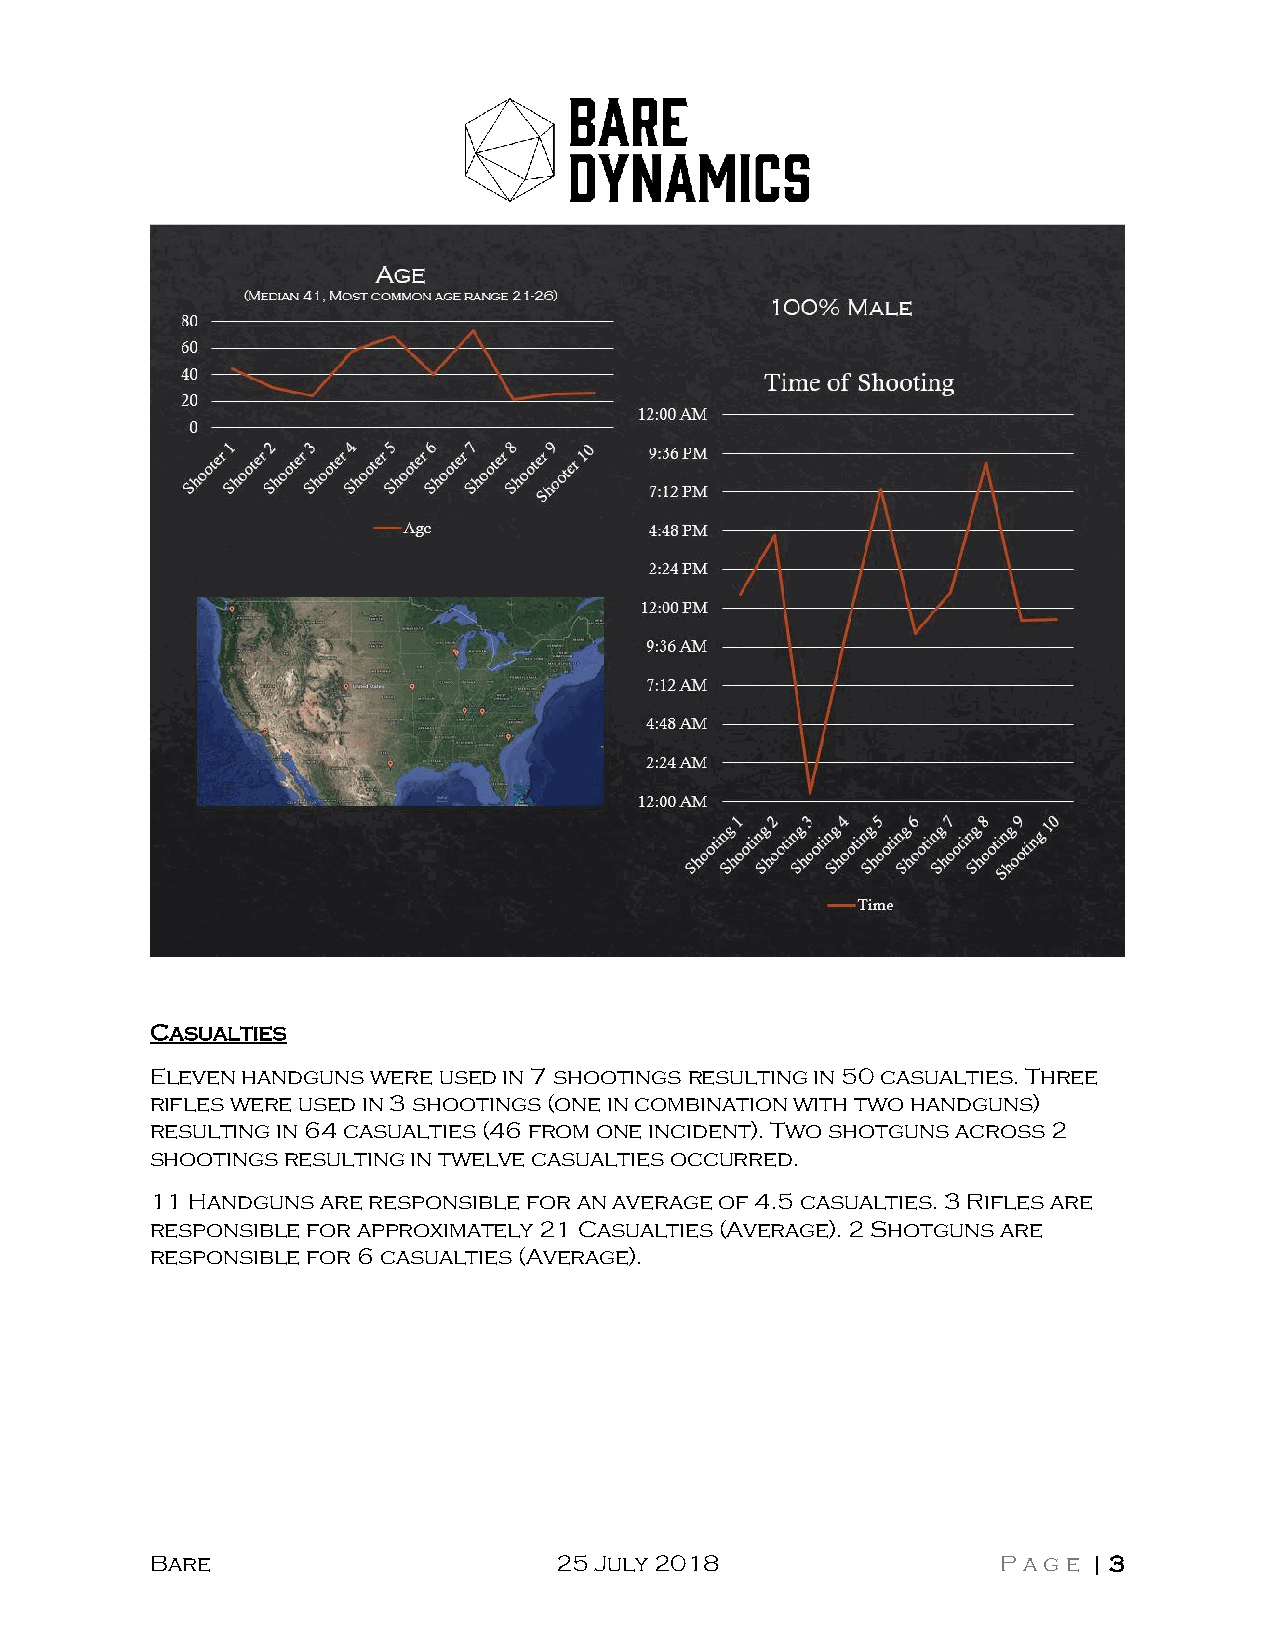
Casualties
 Eleven handguns were used in 7 shootings resulting in 50 casualties. Three
 rifles were used in 3 shootings (one in combination with two handguns)
 resulting in 64 casualties (46 from one incident). Two shotguns across 2
 shootings resulting in twelve casualties occurred.
 11 Handguns are responsible for an average of 4.5 casualties. 3 Rifles are
 responsible for approximately 21 Casualties (Average). 2 Shotguns are
 responsible for 6 casualties (Average).
 Bare                       25 July 2018                 Page  | 3